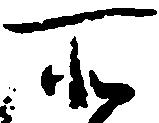
所